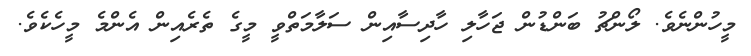
މީހުންނެވެ. ލޯންޗު ބަންޑުން ޖަހާލި ހާދިސާއިން ސަލާމަތްވީ މީގެ ތެރެއިން އެންމެ މީހެކެވެ.